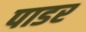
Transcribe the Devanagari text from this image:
पाडर